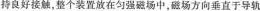
持良好接触，整个装置放在匀强磁场中，磁场方向垂直于导轨